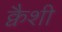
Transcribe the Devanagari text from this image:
क्वैशी